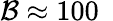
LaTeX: {\cal B}\approx 100\ \